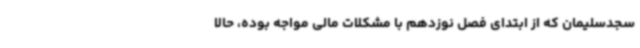
سجدسلیمان که از ابتدای فصل نوزدهم با مشکلات مالی مواجه بوده، حالا